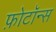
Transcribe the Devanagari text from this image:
फ़ोटॉन्स